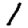
Digit: 1